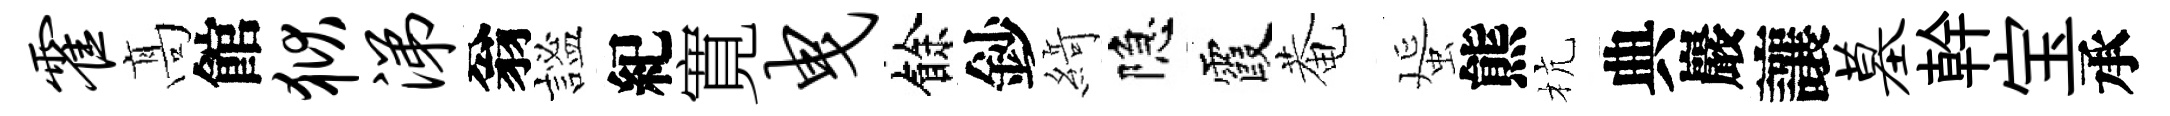
霍髙館狱涕翁謐紀寛曳餘鈔𦂶隐霞菴蜑熊杭典巖讓墓幹宝承